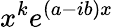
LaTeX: x^{k}e^{(a-ib)x}